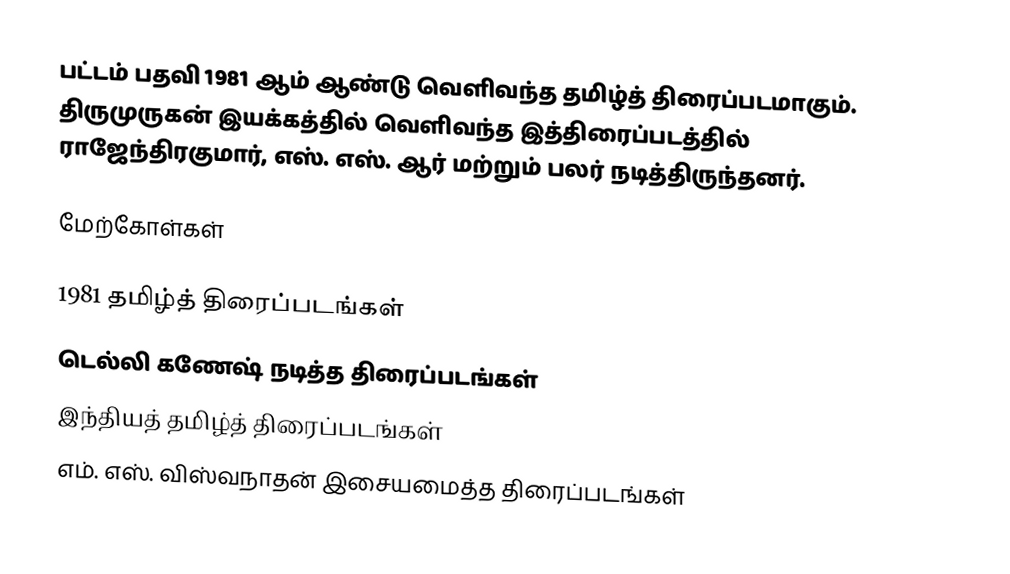
பட்டம் பதவி 1981 ஆம் ஆண்டு வெளிவந்த தமிழ்த் திரைப்படமாகும். திருமுருகன் இயக்கத்தில் வெளிவந்த இத்திரைப்படத்தில் ராஜேந்திரகுமார், எஸ். எஸ். ஆர் மற்றும் பலர் நடித்திருந்தனர்.

மேற்கோள்கள்

1981 தமிழ்த் திரைப்படங்கள்
டெல்லி கணேஷ் நடித்த திரைப்படங்கள்
இந்தியத் தமிழ்த் திரைப்படங்கள்
எம். எஸ். விஸ்வநாதன் இசையமைத்த திரைப்படங்கள்